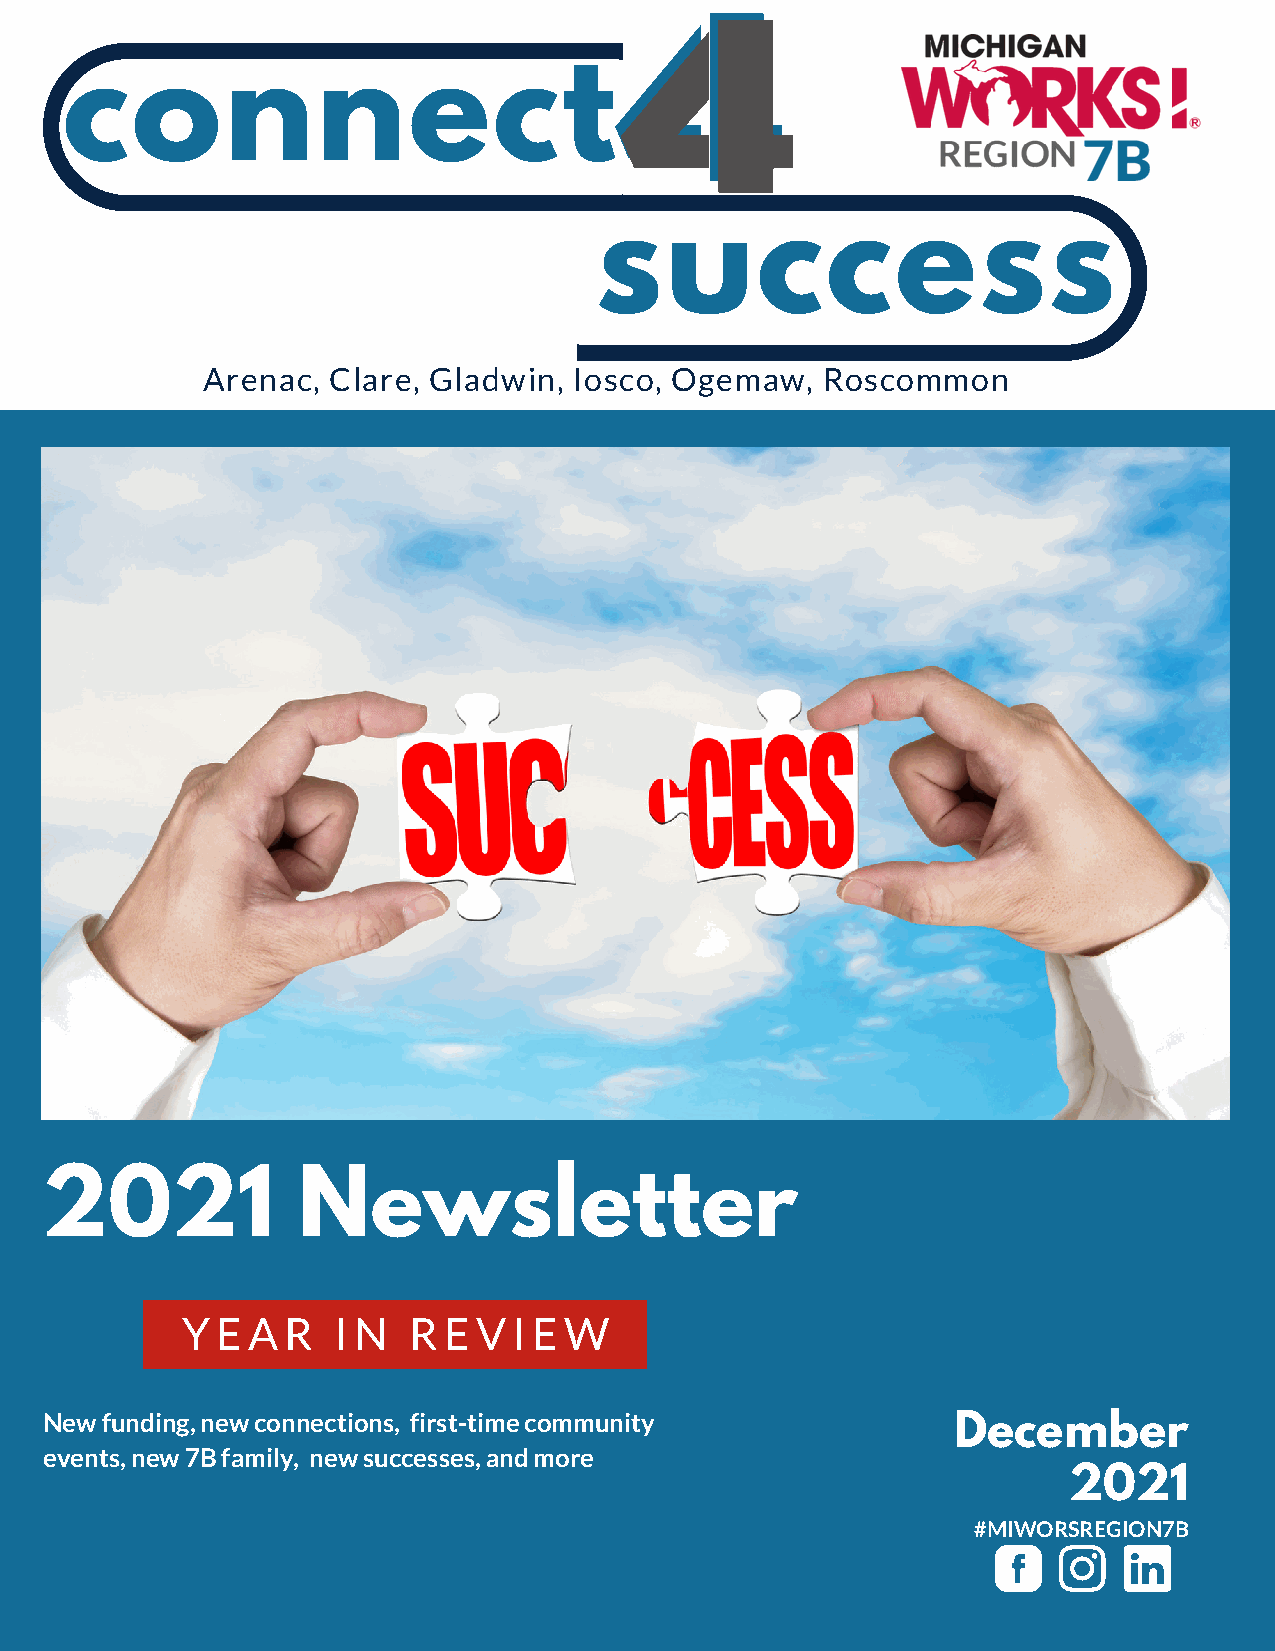
44
 connect
 success
 Arenac,  Clare, Gladwin, Iosco, Ogemaw,  Roscommon
 2021             Newsletter
 Y E A  R  I N  R E V  I E W
 New funding, new connections, first-time community          December
 events, new 7B family, new successes, and more
 2021
 #MIWORSREGION7B